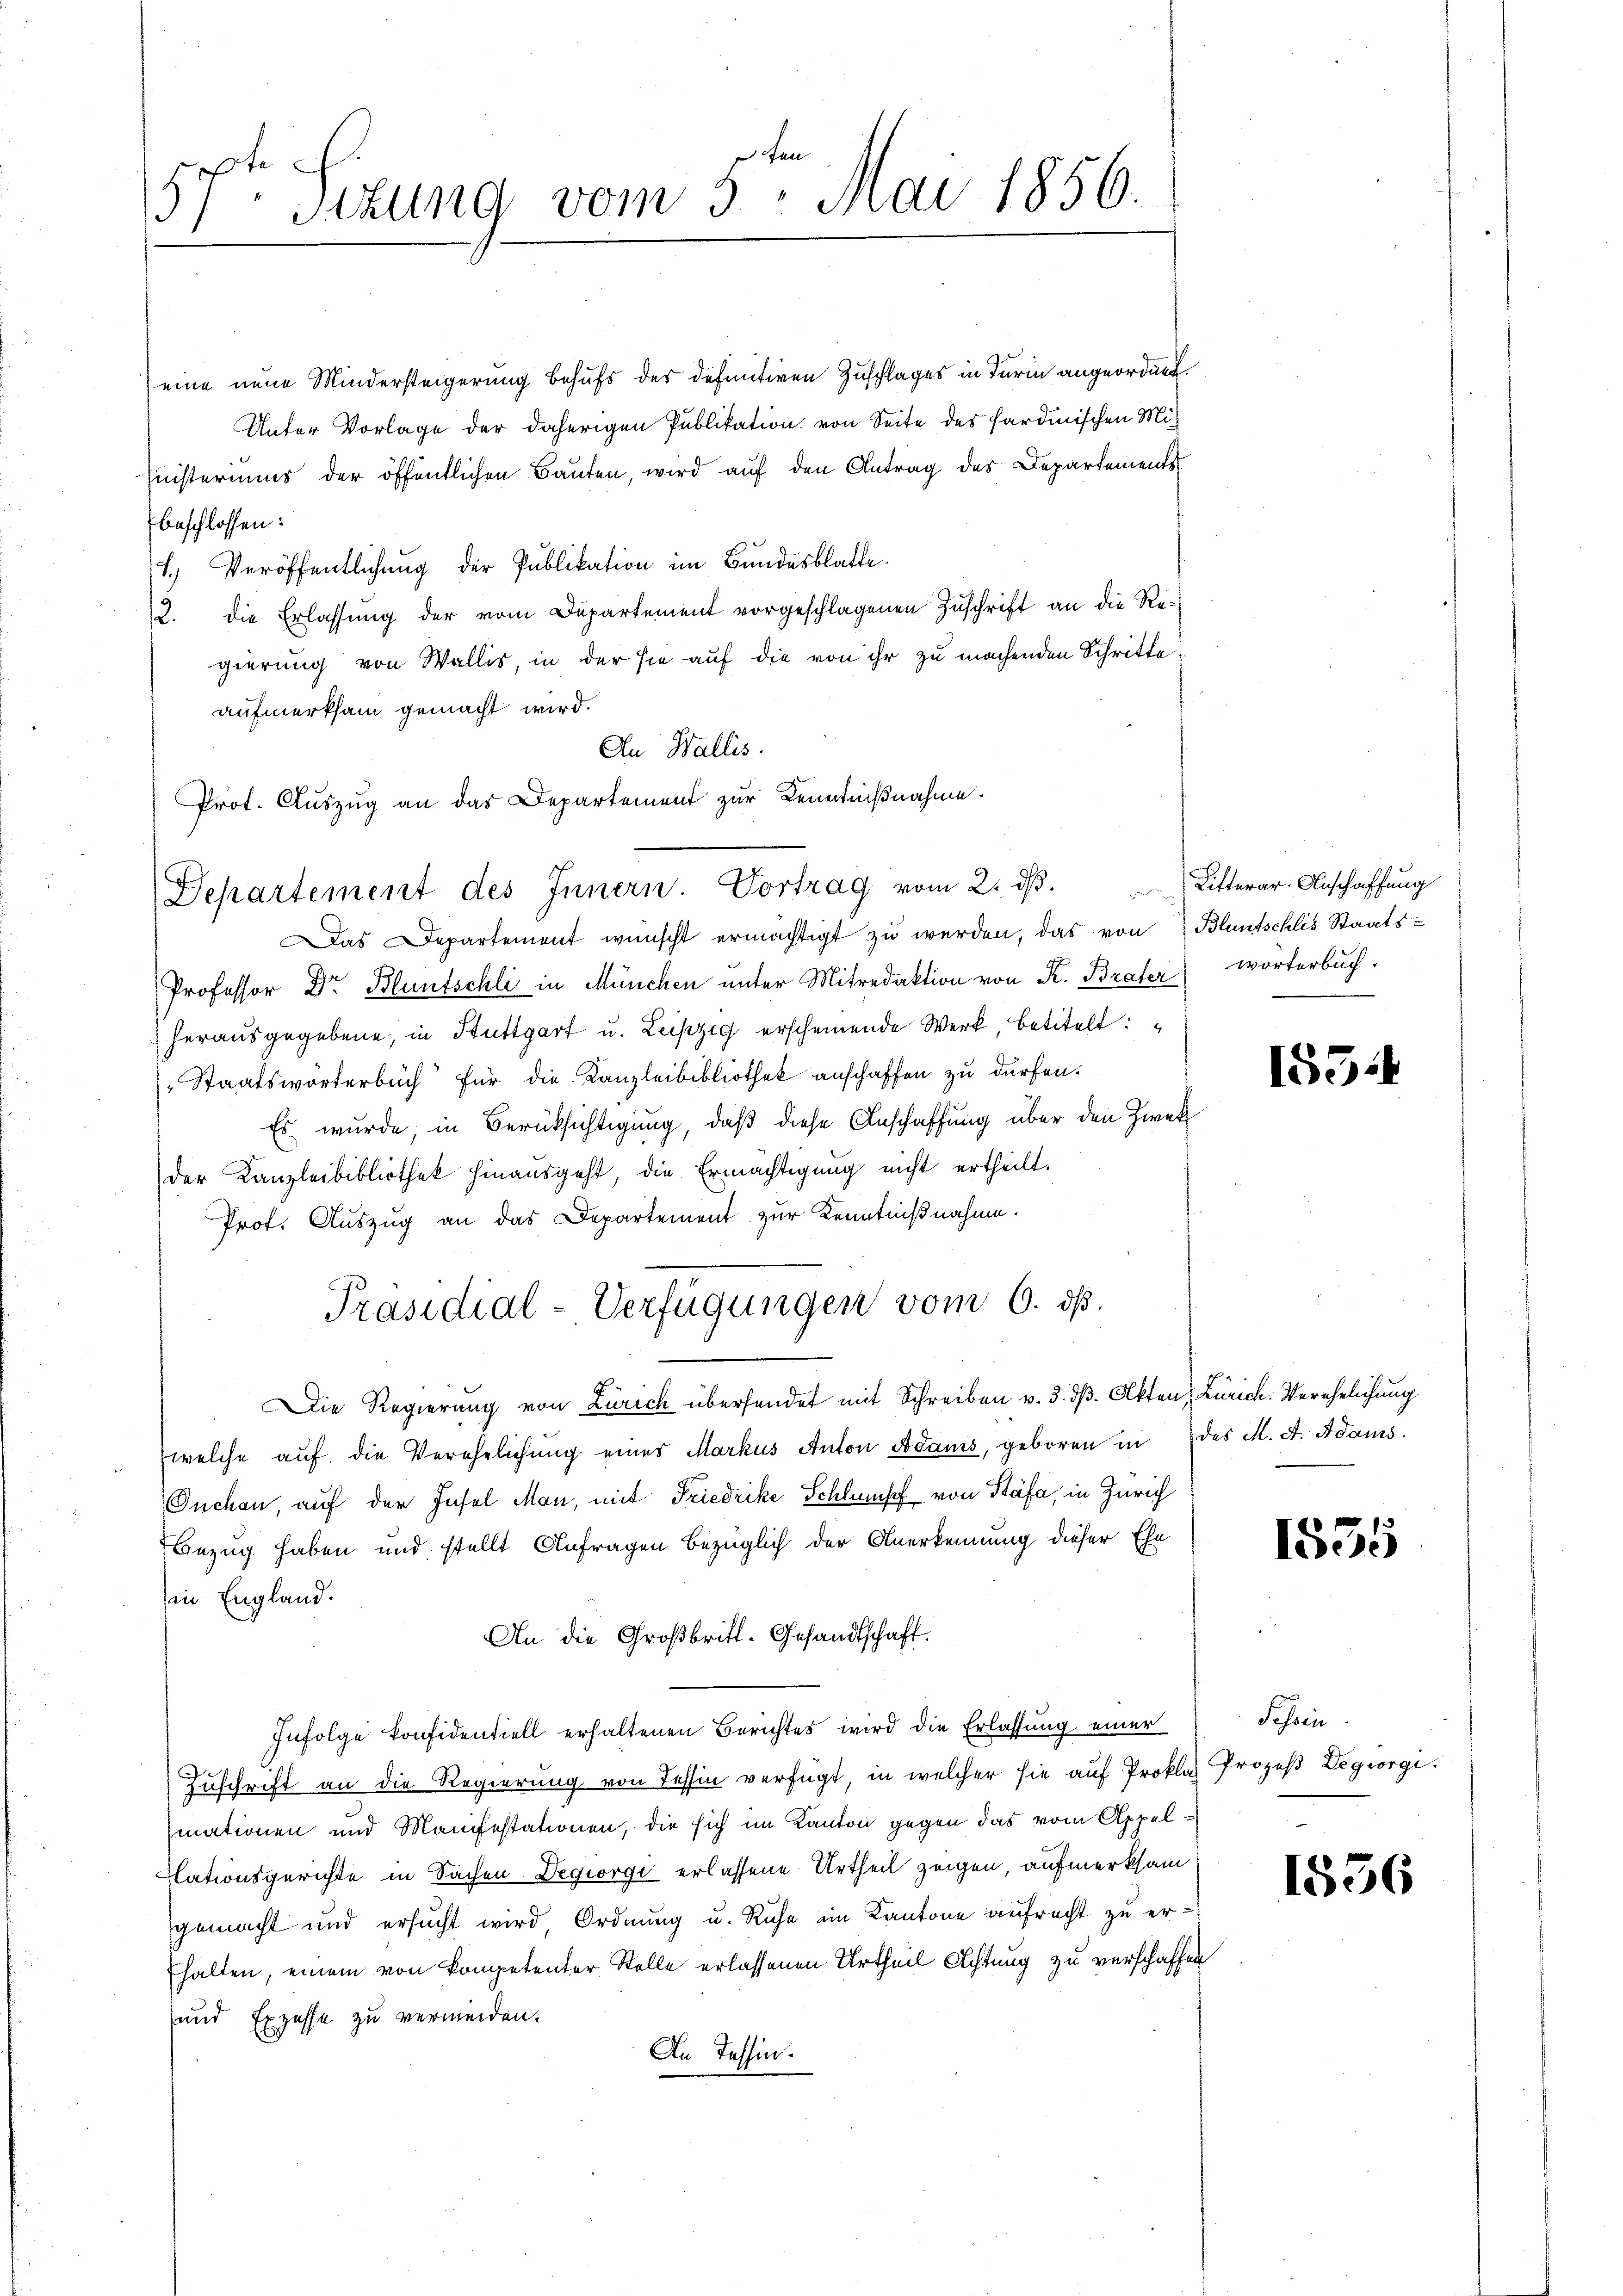
zepte
 Sitzung vom 3. Mai 1856.

eine neue Mindersteigerung behufs des definitiven Zuschlages in Turin angeordnet.
Unter Vorlage der daherigen Publikation von Seite des Hardmischen Miinisteriums der öffentlichen Bauten, wird auf den Antrag des Departements
beschlossen:
1.) Veröffentlichung der Publikation im Bundesblatte.
12. die Erlassung der vom Departement vorgeschlagenen Zuschrift an die Regierung von Wallis, in der sie auf die von ihr zu machenden Schritte
aufmerksam gemacht wird.
An Wallis.
Prot. Auszug an das Departement zur Kenntnißnahme.
Das Departement wünscht ermächtigt zu werden, das von Bluntschlis Staats-
Professor Dr Bluntschli in München unter Mitredaktion von K. Brater wörterbuch.
herausgegebene, in Stuttgart u. Leipzig erscheinende Werk, betitelt:
Staatsworterbuch für die Kanzleibibliothek anschaffen zu dürfen.
Es wurde, in Berücksichtigung, daß diese Anschaffung über den Zweck
der Kanzleibibliothek hinausgeht, die Ermächtigung nicht ertheilt.
Prof. Auszug an das Departement zur Kenntnißnahme.
Präsidial-Verfügungen vom 6. ds.
Die Regierung von Zürich übersendet mit Schreiben v. 3. dβ. Akten, Zürich. Verehelichung
welche auf die Verehelichung eines Markus Anton Adams, geboren in des M. A. Adams
Onchen auf der Insel Man, mit Friedrike Schlumpf von Stäfa, in Zürich
Bezug haben und stellt Anfragen bezüglich der Anerkennung dieser Ehe
in England.
An die Großbritt-Gesandtschaft.
Infolge Confidentiell erhaltenen Berichtes wird die Erlassung einer
Zuschrift an die Regierung von Tessin verfügt, in welcher sie auf Proklas Prozeß Legiorgi.
mationen und Manifestationen, die sich im Kanton gegen das vom Appellationsgerichte in Sachen Degiorgi erlassene Urtheil zeigen, aufmerksam
gemacht und ersucht wird Ordnung u. Ruhe ein Kantone aufrecht zu er¬
Ehalten, einem von kompetenter Stelle erlassenen Urtheil Achtung zu verschaffen
und Exzesse zu vermeiden.
An Tessin.

Departement des Innern. Vortrag vom 2. dβ. Litterar-Anschaffung

155.

1535

Schein.

1856